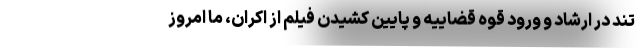
تند در ارشاد و ورود قوه قضاییه و پایین کشیدن فیلم از اکران، ما امروز